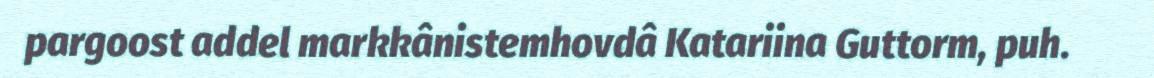
pargoost addel markkânistemhovdâ Katariina Guttorm, puh.